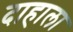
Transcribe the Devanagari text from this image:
दाहाला